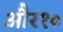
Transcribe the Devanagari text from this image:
और१०